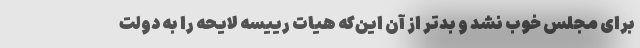
برای مجلس خوب نشد و بدتر از آن این‌که هیات رییسه لایحه را به دولت